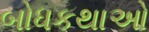
બોધકથાઓ